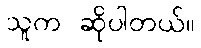
သူက ဆိုပါတယ်။